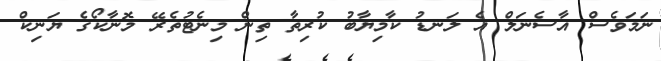
ނަމަވެސް އާސެނަލް އެ ލަނޑު ކާމިޔާބު ކުރިތާ ތިން މިނެޓުތެރޭ މޮނާކޯގެ ޔަނިކް